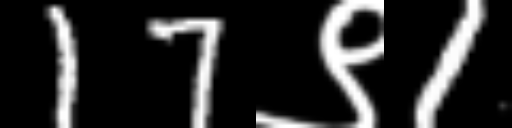
Text: 17९1